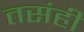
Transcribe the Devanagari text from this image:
तसंही